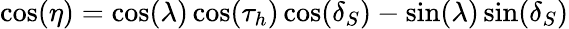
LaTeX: \cos(\eta)=\cos(\lambda)\cos(\tau_{h})\cos(\delta_{S})-\sin(\lambda)\sin(\delta_{S})